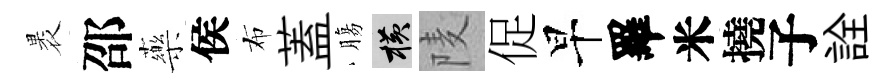
褁邵藥侯布蓋膓横𨹧促早羅米撓子詮